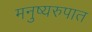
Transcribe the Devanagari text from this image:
मनुष्यरुपात